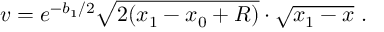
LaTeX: v = e ^ { - b _ { 1 } / 2 } \sqrt { 2 ( x _ { 1 } - x _ { 0 } + R ) } \cdot \sqrt { x _ { 1 } - x } ~ .